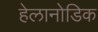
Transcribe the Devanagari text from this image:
हेलानोडिक